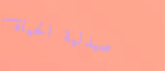
صيدلية الحياة